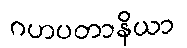
ဂဟပတာနိယာ